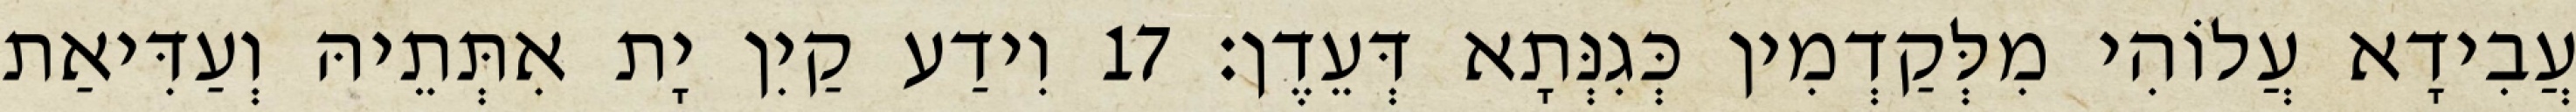
עֲבִידָא עֲלוֹהִי מִלְּקַדְמִין כְּגִנְּתָא דְּעֵדֶן׃ 17 וִידַע קַיִן יָת אִתְּתֵיהּ וְעַדִּיאַת